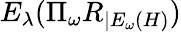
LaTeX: E_{\lambda}(\Pi_{\omega}R_{|E_{\omega}(H)})